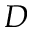
D